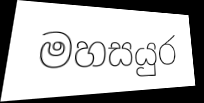
මහසයුර